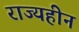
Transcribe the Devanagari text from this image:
राज्यहीन